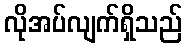
လိုအပ်လျက်ရှိသည်